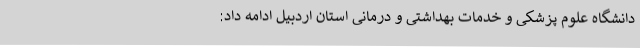
دانشگاه علوم پزشکی و خدمات بهداشتی و درمانی استان اردبیل ادامه داد: